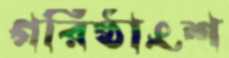
গরিষ্ঠাংশ